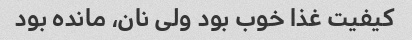
کیفیت غذا خوب بود ولی نان، مانده بود